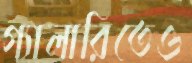
গ্যালারিতেও